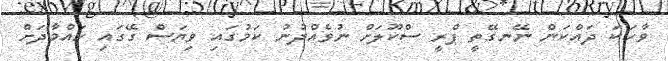
ވާހަކަ ދައްކަން ނޭނގޭތީ ޕްރީ ސްކޫލަށް ނުވެއްދުނު ކަމުގައި ވިޔަސް ގޭގައި ހައްމާދަށް